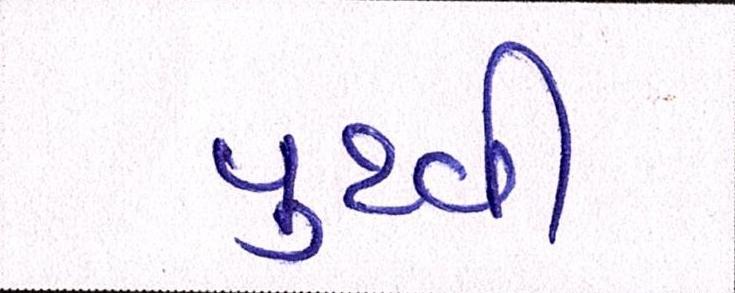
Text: પુથ્વી